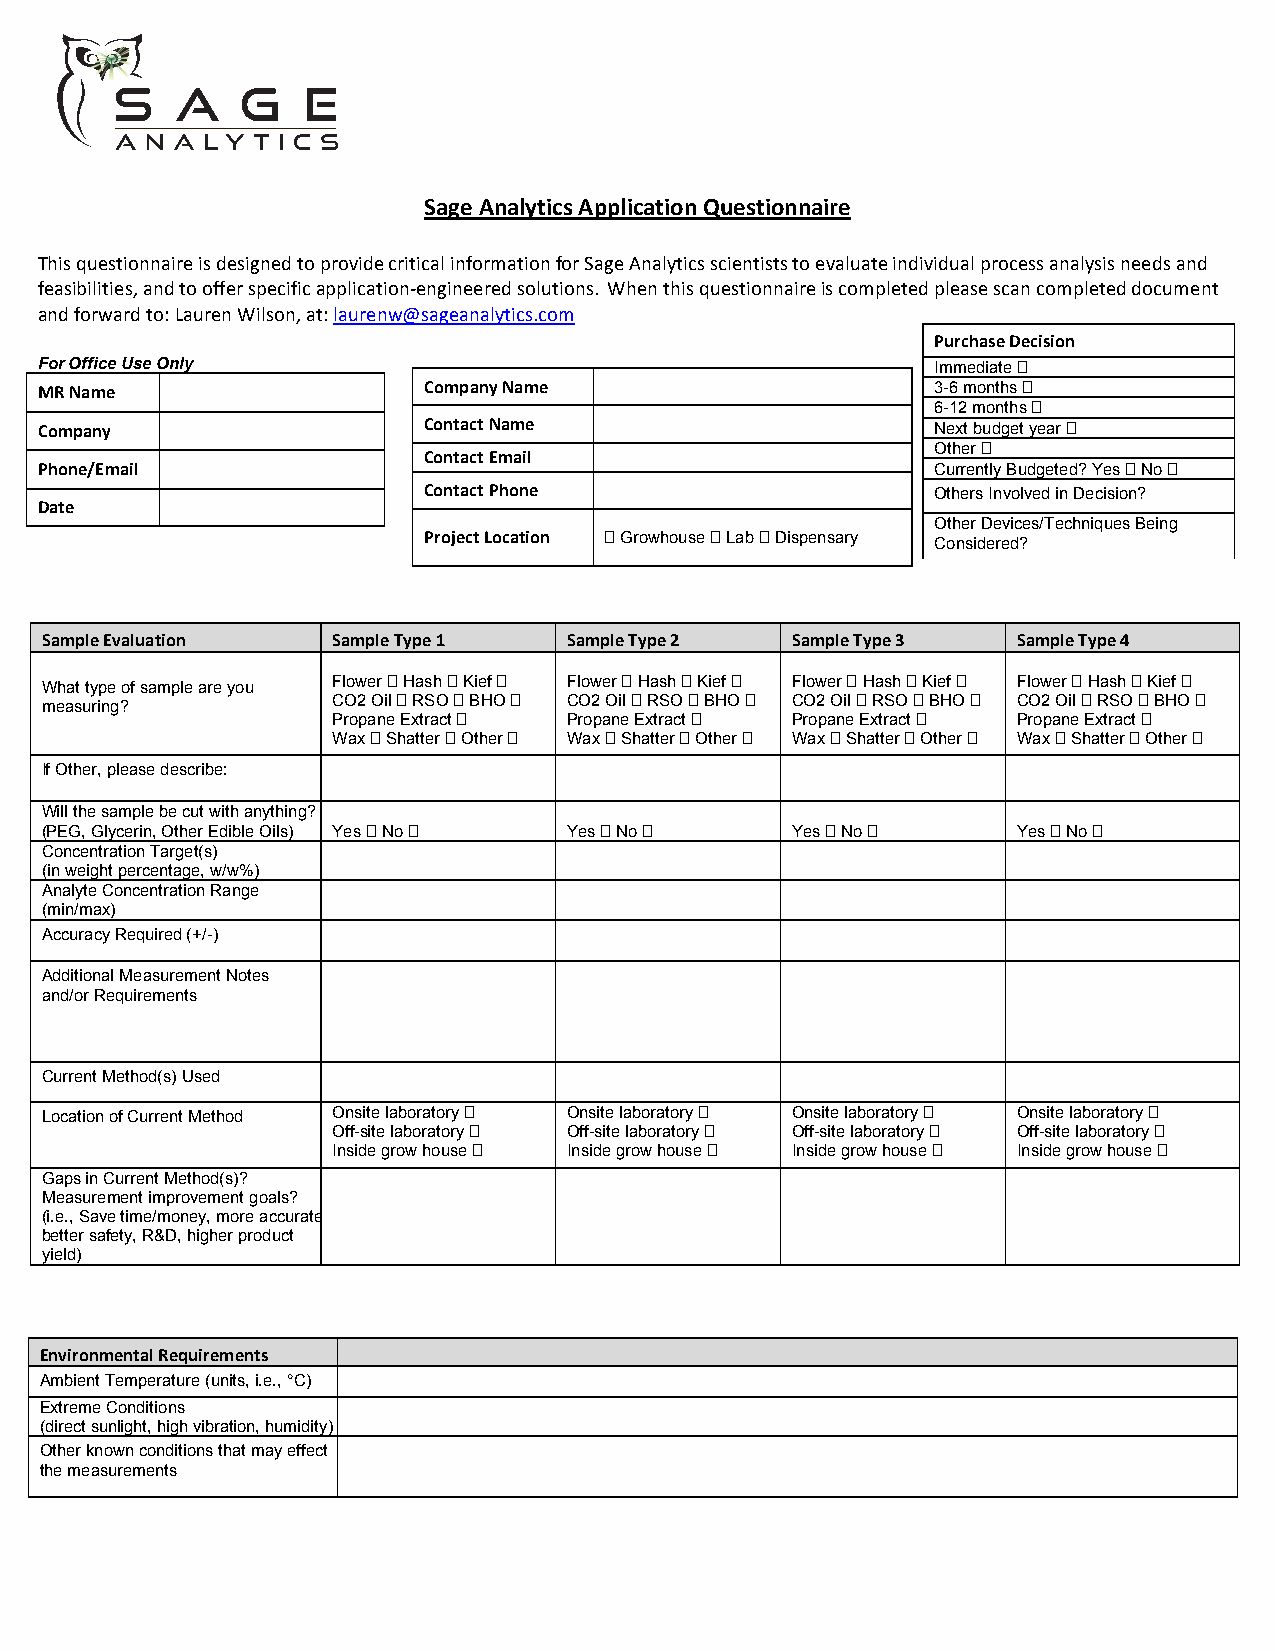
Sage Analytics Application Questionnaire
 This questionnaire is designed to provide critical information for Sage Analytics scientists to evaluate individual process analysis needs and
 feasibilities, and to offer specific application-engineered solutions. When this questionnaire is completed please scan completed document
 and forward to: Lauren Wilson, at: laurenw@sageanalytics.com
 Purchase Decision
 For Office Use Only                                         Immediate !
 MR Name                   Company Name                      3-6 months !
 6-12 months !
 Company                   Contact Name                      Next budget year !
 Other !
 Contact Email
 Phone/Email                                                 Currently Budgeted? Yes ! No !
 Contact Phone                     Others Involved in Decision?
 Date
 Other Devices/Techniques Being
 Project Location ! Growhouse ! Lab ! Dispensary Considered?
 Sample Evaluation  Sample Type 1   Sample Type 2 Sample Type 3  Sample Type 4
 Flower ! Hash ! Kief ! Flower ! Hash ! Kief ! Flower ! Hash ! Kief ! Flower ! Hash ! Kief !
 What type of sample are you
 measuring?         CO2 Oil ! RSO ! BHO ! CO2 Oil ! RSO ! BHO ! CO2 Oil ! RSO ! BHO ! CO2 Oil ! RSO ! BHO !
 Propane Extract ! Propane Extract ! Propane Extract ! Propane Extract !
 Wax ! Shatter ! Other ! Wax ! Shatter ! Other ! Wax ! Shatter ! Other ! Wax ! Shatter ! Other !
 If Other, please describe:
 Will the sample be cut with anything?
 (PEG, Glycerin, Other Edible Oils) Yes ! No ! Yes ! No ! Yes ! No ! Yes ! No !
 Concentration Target(s)
 (in weight percentage, w/w%)
 Analyte Concentration Range
 (min/max)
 Accuracy Required (+/-)
 Additional Measurement Notes
 and/or Requirements
 Current Method(s) Used
 Location of Current Method Onsite laboratory ! Onsite laboratory ! Onsite laboratory ! Onsite laboratory !
 Off-site laboratory ! Off-site laboratory ! Off-site laboratory ! Off-site laboratory !
 Inside grow house ! Inside grow house ! Inside grow house ! Inside grow house !
 Gaps in Current Method(s)?
 Measurement improvement goals?
 (i.e., Save time/money, more accurate,
 better safety, R&D, higher product
 yield)
 Environmental Requirements
 Ambient Temperature (units, i.e., °C)
 Extreme Conditions
 (direct sunlight, high vibration, humidity)
 Other known conditions that may effect
 the measurements
 Sage Analytics Application Questionnaire Customer Confidential 1